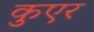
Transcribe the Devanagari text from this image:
कुएर